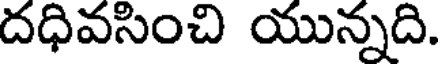
దధివసించి యున్నది.